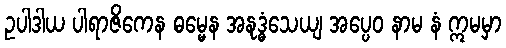
ဥပါဒါယ ပါရာဇိကေန ဓမ္မေန အနုဒ္ဓံသေယျ အပ္ပေဝ နာမ နံ ဣမမှာ